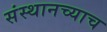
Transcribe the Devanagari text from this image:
संस्थानच्याच